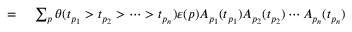
\begin{array} { r l } { = { } } & { { } \sum _ { p } \theta ( t _ { p _ { 1 } } > t _ { p _ { 2 } } > \cdots > t _ { p _ { n } } ) \varepsilon ( p ) A _ { p _ { 1 } } ( t _ { p _ { 1 } } ) A _ { p _ { 2 } } ( t _ { p _ { 2 } } ) \cdots A _ { p _ { n } } ( t _ { p _ { n } } ) } \end{array}